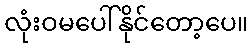
လုံးဝမပေါ်နိုင်တော့ပေ။